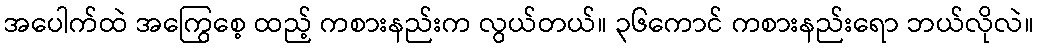
အပေါက်ထဲ အကြွေစေ့ ထည့် ကစားနည်းက လွယ်တယ်။ ၃၆ကောင် ကစားနည်းရော ဘယ်လိုလဲ။